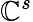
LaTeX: \mathbb{C}^{s}